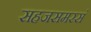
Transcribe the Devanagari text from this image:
सहजसमरसं